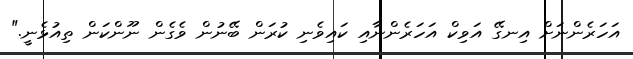
އަހަރެންނަށް އިނގޭ އަވިކް އަހަރެންނާއި ކައިވެނި ކުރަން ބޭނުން ވެގެން ނޫންކަން ތިއުޅެނީ."